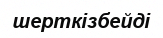
шерткізбейді